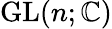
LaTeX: \mathrm{GL}(n;\mathbb{C})